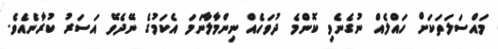
މައްސަލަތަކަށް ހައްލެއް ނުގެނެވި ކޮންމެ ދުވަހެއް ނިންމާލާނަމަ އެކަމުގެ ނޭދެވޭ އަސަރު ކުރާނެއެވެ.